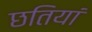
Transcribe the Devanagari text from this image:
छतियां